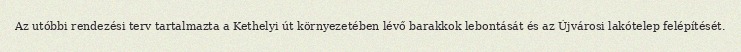
Az utóbbi rendezési terv tartalmazta a Kethelyi út környezetében lévő barakkok lebontását és az Újvárosi lakótelep felépítését.